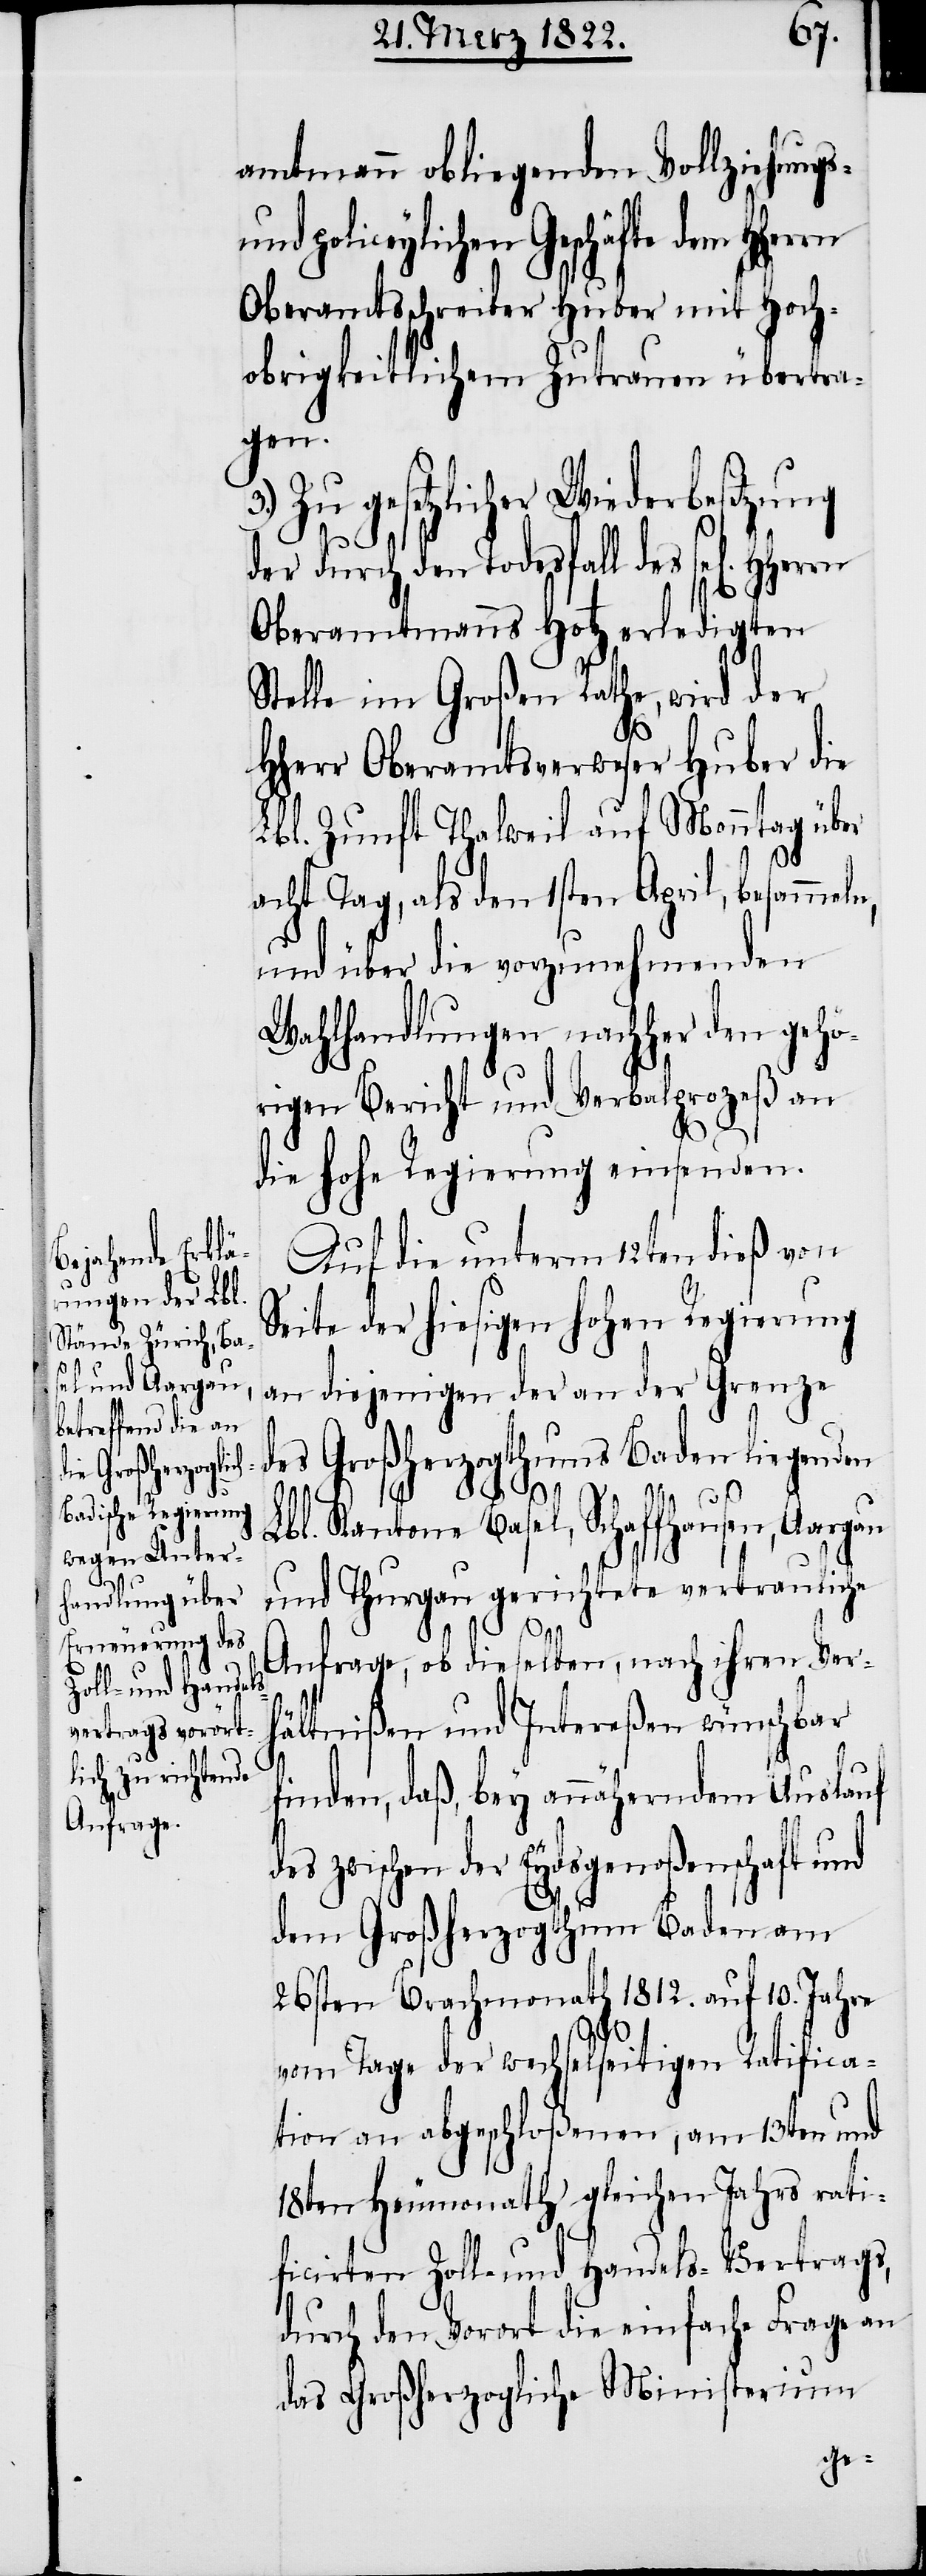
amtmann obliegenden Vollziehungs-
und policeylichen Geschäfte
Oberamtsschreiber Huber mit Hoch¬
obrigkeitlichem Zutrauen übertra¬
gen.
3.) Zu gesetzlicher Wiederbesetzung
der durch den Todesfall des sel[igen]
Oberamtmanns Hotz erledigten
Stelle im Großen Rathe, wird der
HHerr Oberamtsverweser Huber die
Lbl. Zunft Thalweil auf Monntag über
acht Tag, als den 1sten April, besamme¬
und über die vorzunehmenden
Wahlhandlungen nachher den gehö¬
rigen Bericht und Verbalproceß an
die hohe Regierung einsenden.
Auf die unterm 12ten dieß von
Seite der hiesigen hohen Regierung
an diejenigen der an der Grenze
des Großherzogthums Baden liegenden
ln,
Lbl. Kantone Basel, Schaffhausen, Aargau
und Thurgau gerichtete vertrauliche
Anfrage, ob dieselben, nach ihren Ver¬
hältnißen und Intereßen wünschbar
finden, daß, bey annäherndem Auslauf
zwischen der Eydsgenoßenschaft und
dem Großherzogthum Baden am
26sten Brachmonath 1812. auf 10. Jahre
vom Tage der wechselseitigen Ratifica¬
tion an abgeschloßenen, am 13ten und
18ten Heumonath gleichen Jahrs rati¬
ficirten Zoll- und Handels-Vertrags,
durch den Vorort die einfache Frage an
das Großherzogliche Ministerium